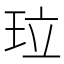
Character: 𤤔